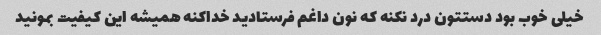
خیلی خوب بود دستتون درد نکنه که نون داغم فرستادید خداکنه همیشه این کیفیت بمونید